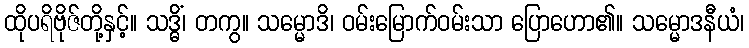
ထိုပရိဗိုဇ်တို့နှင့်။ သဒ္ဓိံ၊ တကွ။ သမ္မောဒိ၊ ဝမ်းမြောက်ဝမ်းသာ ပြောဟော၏။ သမ္မောဒနီယံ၊